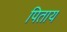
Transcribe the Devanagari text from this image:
पिताय